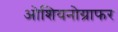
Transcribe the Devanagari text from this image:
ओशियनोग्राफर